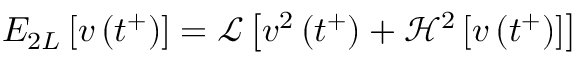
E _ { 2 L } \left[ v \left( t ^ { + } \right) \right] = \mathcal { L } \left[ v ^ { 2 } \left( t ^ { + } \right) + \mathcal { H } ^ { 2 } \left[ v \left( t ^ { + } \right) \right] \right]